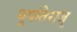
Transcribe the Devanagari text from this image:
भूपतिराजु